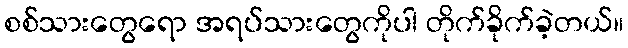
စစ်သားတွေရော အရပ်သားတွေကိုပါ တိုက်ခိုက်ခဲ့တယ်။